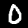
Digit: 0